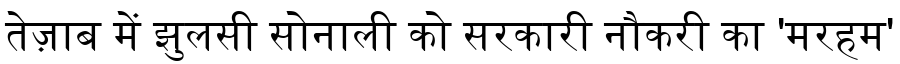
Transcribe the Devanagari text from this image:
तेज़ाब में झुलसी सोनाली को सरकारी नौकरी का 'मरहम'